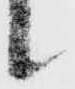
候